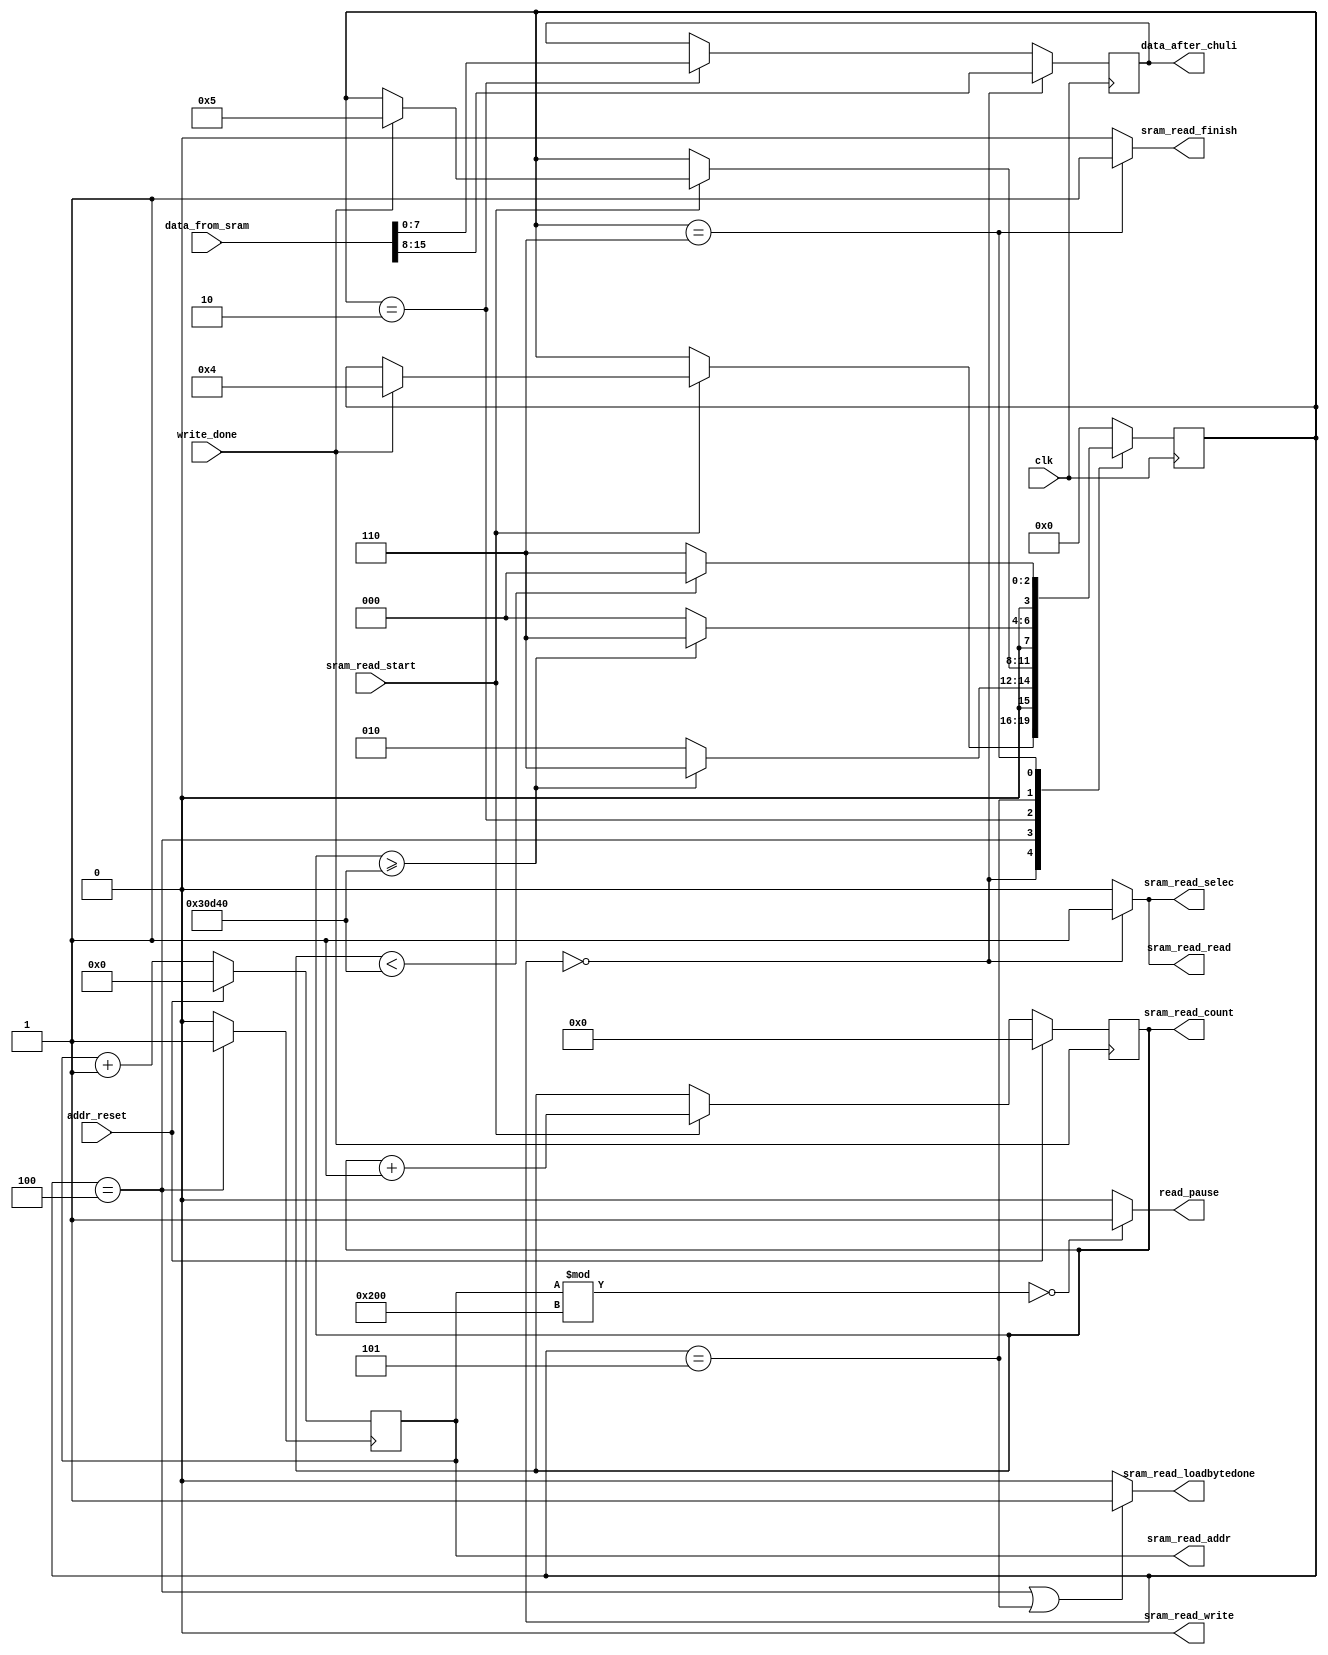
`timescale 1ns / 1ps
//////////////////////////////////////////////////////////////////////////////////
// Company: 
// Engineer: 
// 
// Design Name: 
// Module Name: sram_read
// Project Name: 
// Target Devices: 
// Tool Versions: 
// Description: 
// 
// Dependencies: 
// 
// Revision:
// Revision 0.01 - File Created
// Additional Comments:
// 
//////////////////////////////////////////////////////////////////////////////////


module sram_read_unit(
	clk,
	sram_read_start,
	write_done,
	data_after_chuli,
	sram_read_loadbytedone,
	sram_read_selec,
	sram_read_read,
	sram_read_write,
	data_from_sram,
	sram_read_addr,
	sram_read_finish,
	sram_read_count,
	read_pause,
	addr_reset
    );

	input clk;
	input sram_read_start;

	input write_done;
	output reg[7:0]data_after_chuli;
	output sram_read_loadbytedone;

	output sram_read_selec;
	output sram_read_read;
	output sram_read_write;
	input[15:0]data_from_sram;
	output[18:0] sram_read_addr;

	output sram_read_finish;
	output[19:0]sram_read_count;
	output read_pause;
	input addr_reset;

	reg[18:0] addr_tmp = 0;
	assign sram_read_addr = addr_tmp;
	assign read_pause = ((addr_tmp % 512) == 0) ? 1'b1 : 1'b0;

	wire sram_read_done;
	always @ (posedge sram_read_done)
		if(addr_reset)
			addr_tmp <= 0;
		else
			addr_tmp <= addr_tmp + 1;

	parameter M = 200000; //must oushu , same with sram_write_unit
	reg[19:0] count = 0;
	assign sram_read_count = count;
	always@(posedge write_done)
		if(addr_reset)
			count <= 0;
		else if(sram_read_start)
			count <= count + 1;

	localparam st_IDLE1 = 0,
			   st_D1 = 1,
			   st_IDLE2 = 2,
			   st_D2 = 3,
			   st_READ_DOWN1 = 4,
			   st_READ_DOWN2 = 5,
			   st_FINISH = 6;
	reg[3:0] cur_st=0,nxt_st=0;
	always @ (posedge clk)
		cur_st <= nxt_st;
	always @ * begin
		nxt_st = cur_st;
		case(cur_st) 
			st_IDLE1:if(sram_read_start)if(write_done)nxt_st=st_READ_DOWN1;
			st_READ_DOWN1:if(count>=M)nxt_st=st_FINISH;else nxt_st=st_IDLE2;
			st_IDLE2:if(sram_read_start)if(write_done)nxt_st=st_READ_DOWN2;
			st_READ_DOWN2:if(count>=M)nxt_st=st_FINISH;else nxt_st=st_IDLE1;
			st_FINISH:if(count<M)nxt_st=st_IDLE1; else nxt_st=st_FINISH;
			default:nxt_st=st_IDLE1;
		endcase
	end

	always @ (posedge clk) 
		if(cur_st==st_IDLE1)
			data_after_chuli <= data_from_sram[15:8];
		else if(cur_st==st_IDLE2)
			data_after_chuli <= data_from_sram[7:0];

	assign sram_read_done = cur_st==st_READ_DOWN1 ? 1'b1 : 1'b0;

	assign sram_read_loadbytedone = cur_st==st_READ_DOWN1 || cur_st==st_READ_DOWN2 ? 1'b1 : 1'b0;

	assign sram_read_read = cur_st==st_IDLE1 ? 1'b1 : 1'b0;
	assign sram_read_write = 0;
	assign sram_read_selec = cur_st==st_IDLE1 ? 1'b1 : 1'b0;

	assign sram_read_finish = cur_st==st_FINISH ? 1'b1 : 1'b0;
endmodule